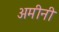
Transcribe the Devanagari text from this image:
अमीनी